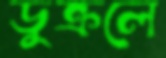
ডুক্‌রলে